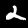
Digit: 2